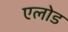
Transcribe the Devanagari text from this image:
एलोड